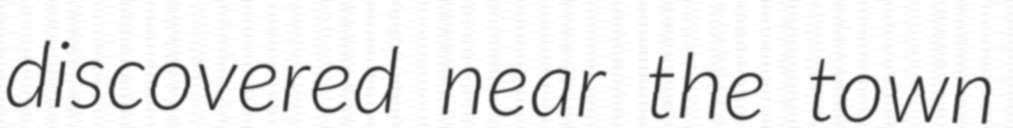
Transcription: discovered near the town